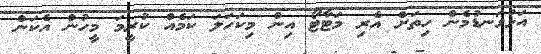
އަޅުގަނޑުމެން ހިތަށް އެރި މަޓާޓޯ އިން މިކަހަލަ ކަމެއް ކުރީމަ މީހުން އެކަން